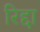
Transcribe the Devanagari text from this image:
रिद्दा